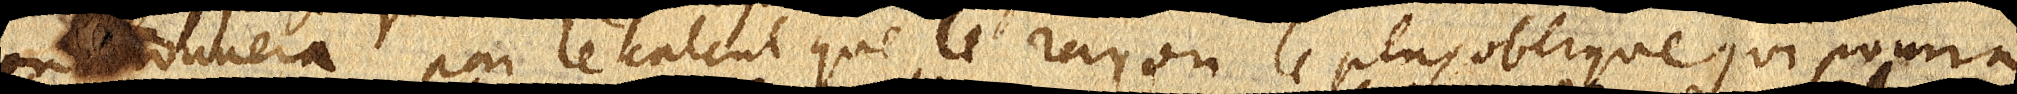
on ouvera par le calcul que le rayon le plus oblique qui pourra